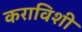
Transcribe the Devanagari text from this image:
कराविशी